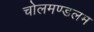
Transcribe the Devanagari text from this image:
चोलमण्डलम